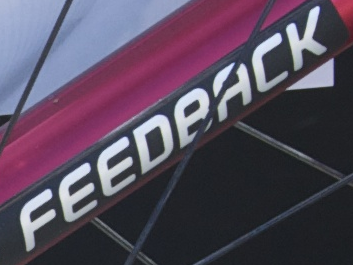
FEEDBACK